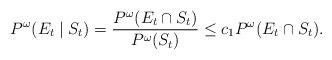
LaTeX: \begin{align*} P^\omega(E_t \mid S_t) = \frac{P^\omega(E_t \cap S_t)}{P^\omega(S_t)}\leq c_1 P^\omega(E_t\cap S_t) .\end{align*}